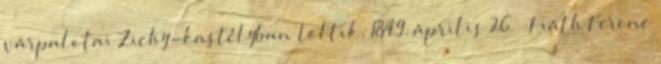
várpalotai Zichy-kastélyban töltik. 1849. április 26. – Fiáth Ferenc